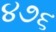
૪૭૬